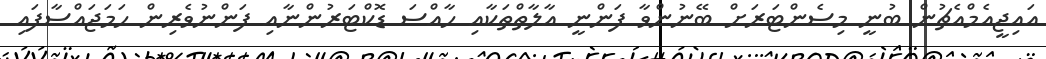
އައިޖީއެމްއެޗުން ބުނީ މިސެންޓަރަށް ބޭނުންވާ ފަންނީ އާލާތްތަކާއި ހާއްސަ ޑޮކްޓަރުންނާއި ފަންނުވެރިން ހަމަޖައްސާފައި